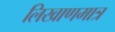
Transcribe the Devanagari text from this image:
लिखाणमात्र